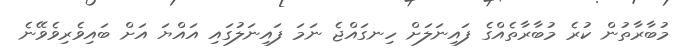
މުބާރާތުން ކުރެ މުބާރާތެއްގެ ފައިނަލަށް ހިނގައްޖެ ނަމަ ފައިނަލުގައި އައްޔަ އަށް ބައިވެރިވެވޭނެ